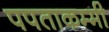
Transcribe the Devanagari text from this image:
पपताकम्मी